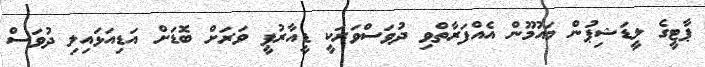
ޕާޓީގެ ލީޑަޝިޕުން މައުމޫން އެއްފަރާތްވި ދުވަސްވަރަކީ ޑީއާރުޕީ ވަރަށް ބޮޑަށް އަޑިއަޅައިލި ދުވަސް